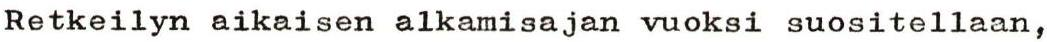
Retkeilyn aikaisen alkamisajan vuoksi suositellaan,